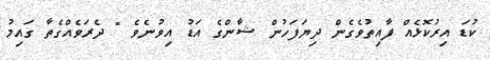
ކުޑަ އިރުކޮޅެއް ފާއިތުވެގެން ދިޔަފަހުން ޝާންގެ އަޑު އިވުނެވެ " ދެރަވެއްގެތާ ގައިމު